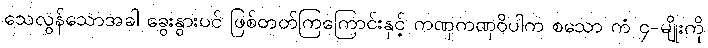
သေလွန်သောအခါ ခွေးနွားပင် ဖြစ်တတ်ကြကြောင်းနှင့် ကဏှကဏှဝိပါက စသော ကံ ၄-မျိုးကို